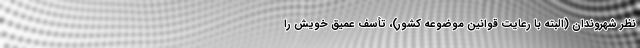
نظر شهروندان (البته با رعایت قوانین موضوعه کشور)، تأسف عمیق خویش را